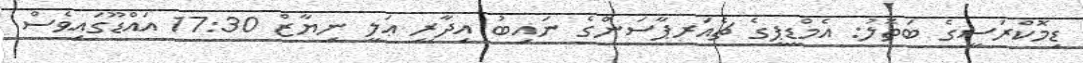
ޑިމޮކްރަސީގެ ބަތޮލު: އެމްޑީޕީގެ ޗެއަރޕާސަންގެ ނައިބު އިދާރީ ޢަލީ ނިޔާޒް 17:30 އައްޑޫގައިވެސް